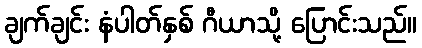
ချက်ချင်း နံပါတ်နှစ် ဂီယာသို့ ပြောင်းသည်။